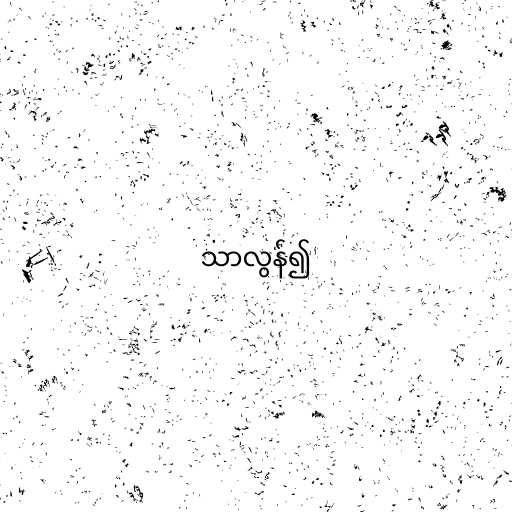
သာလွန်၍